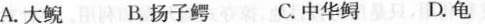
A.大鲵 B.扬子鳄 C.中华鲟 D.龟